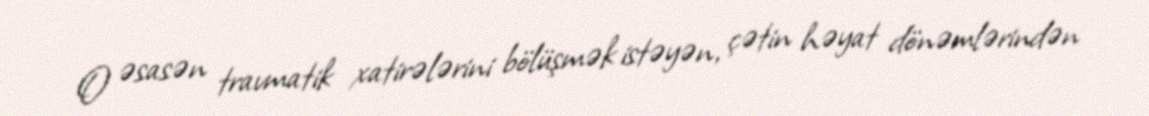
O əsasən travmatik xatirələrini bölüşmək istəyən, çətin həyat dönəmlərindən